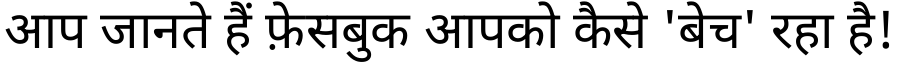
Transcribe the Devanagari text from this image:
आप जानते हैं फ़ेसबुक आपको कैसे 'बेच' रहा है!